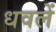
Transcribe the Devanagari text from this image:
धवलें